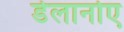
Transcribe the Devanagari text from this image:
डेलानोए